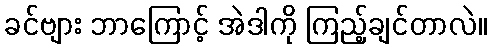
ခင်ဗျား ဘာကြောင့် အဲဒါကို ကြည့်ချင်တာလဲ။